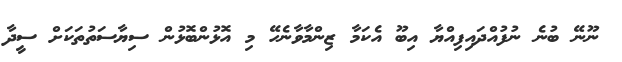
ނޫނޭ ބުނެ ނުފުއްދައިފިއްޔާ އިބޫ އެކަމާ ޒިންމާވާނެހޭ މި އޮޅުންބޮޅުން ސިޔާސަތުތަކަށް ސީދާ